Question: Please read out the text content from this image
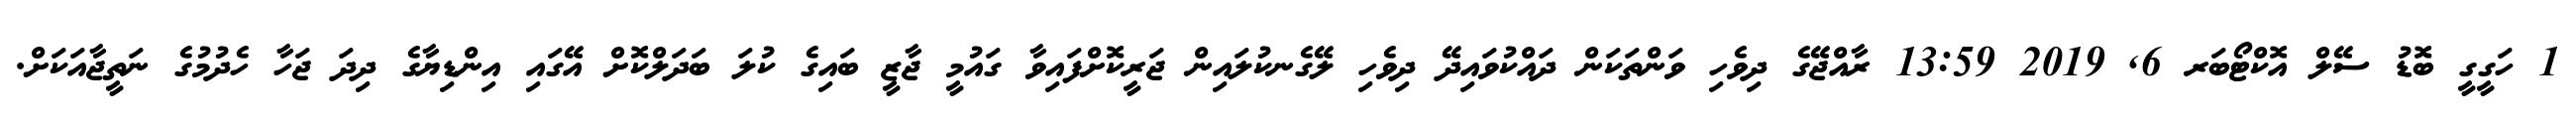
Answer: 1 ހަގީގީ ބޮޑު ސޭލް އޮކްޓޯބަރ 6, 2019 13:59 ރާއްޖޭގެ ދިވެހި ވަންތަކަން ދައްކުވައިދޭ ދިވެހި ލޭގެނކުލައިން ޖަރީކޮށްފައިވާ ގައުމީ ޖާޒީ ބައިގެ ކުލަ ބަދަލްކޮށް އޭގައި އިންޑިޔާގެ ދިދަ ޖަހާ ހެދުމުގެ ނަތީޖާއަކަށް.